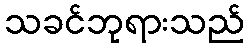
သခင်ဘုရားသည်